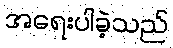
အရေးပါခဲ့သည်